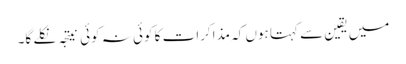
میں یقین سے کہتا ہوں کہ مذاکرات کا کوئی نہ کوئی نیتجہ نکلے گا۔